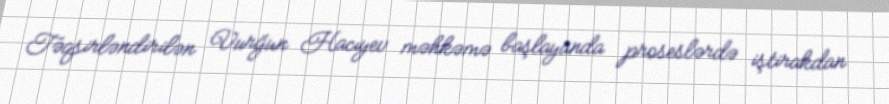
Təqsirləndirilən Vurğun Hacıyev məhkəmə başlayanda proseslərdə iştirakdan